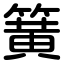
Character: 簧